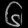
Digit: ၆